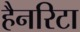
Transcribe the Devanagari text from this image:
हैनरिटा